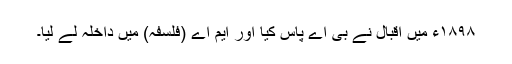
١٨٩٨ء میں اقبال نے بی اے پاس کیا اور ایم اے (فلسفہ) میں داخلہ لے لیا۔